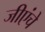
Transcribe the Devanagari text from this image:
जीएंचे